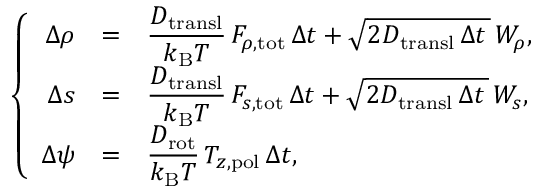
\left\{ \begin{array} { r c l } { { \Delta \rho } } & { = } & { \displaystyle \frac { D _ { \mathrm { t r a n s l } } } { k _ { \mathrm { B } } T } \, F _ { \rho , \mathrm { t o t } } \, { \Delta t } + \sqrt { 2 D _ { \mathrm { t r a n s l } } \, \Delta t \, } \, W _ { \rho } , } \\ { { \Delta s } } & { = } & { \displaystyle \frac { D _ { \mathrm { t r a n s l } } } { k _ { \mathrm { B } } T } \, F _ { s , \mathrm { t o t } } \, { \Delta t } + \sqrt { 2 D _ { \mathrm { t r a n s l } } \, \Delta t \, } \, W _ { s } , } \\ { { \Delta \psi } } & { = } & { \displaystyle \frac { D _ { \mathrm { r o t } } } { k _ { \mathrm { B } } T } \, T _ { z , \mathrm { p o l } } \, { \Delta t } , } \end{array} \right.